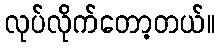
လုပ်လိုက်တော့တယ်။